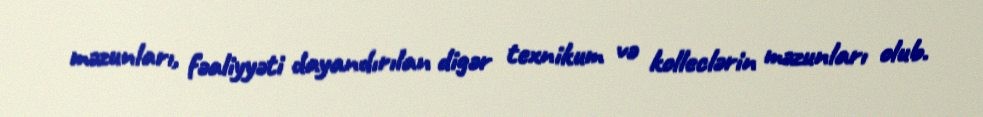
məzunları, fəaliyyəti dayandırılan digər texnikum və kolleclərin məzunları olub.